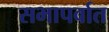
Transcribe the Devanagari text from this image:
सभापर्वात